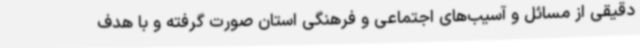
دقیقی از مسائل و آسیب‌های اجتماعی و فرهنگی استان صورت گرفته و با هدف